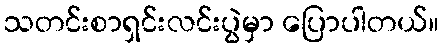
သတင်းစာရှင်းလင်းပွဲမှာ ပြောပါတယ်။